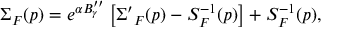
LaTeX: \Sigma _ { F } ( p ) = e ^ { \alpha B _ { \gamma } ^ { \prime \prime } } \left[ { \Sigma ^ { \prime } } _ { F } ( p ) - S _ { F } ^ { - 1 } ( p ) \right] + S _ { F } ^ { - 1 } ( p ) ,